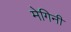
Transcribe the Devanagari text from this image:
मेगिनी